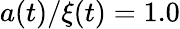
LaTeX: a(t)/\xi(t)=1.0